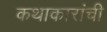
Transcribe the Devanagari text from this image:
कथाकारांची